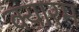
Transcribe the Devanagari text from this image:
क्यारम